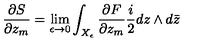
\frac { \partial S } { \partial z _ { m } } = \lim _ { \epsilon \rightarrow 0 } \int _ { X _ { \epsilon } } \frac { \partial F } { \partial z _ { m } } \frac { i } { 2 } d z \wedge d \bar { z }